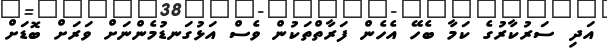
އަދި ސަރުކާރުގެ ކަމާ ބެހޭ އެހެން ފަރާތްތަކުން ވެސް އަޅުގަނޑުމެންނަށް ވަރަށް ބޮޑަށް